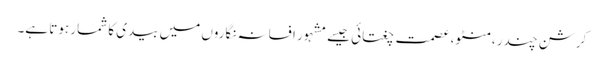
کرشن چندر ،منٹو، عصمت چغتائی جیسے مشہور افسانہ نگاروں میں بیدی کا شمار ہوتا ہے۔